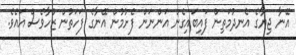
އޭނާ ޖިޔާގެ އެނދުމަތިން ފައިބައިގެން އަންނަން ފެށުމުން އޭނާގެ ފަހަތުން ޒުހާވެސް އައެވެ.